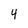
Character: 4